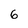
Character: 6